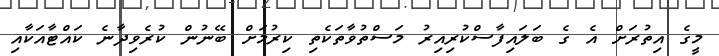
މީގެ އިތުރަށް އެ ގެ ބަލައިފާސްކުރިއިރު މަސްތުވާތަކެތި ކިރުމަށް ބޭނުން ކުރެވިދާނެ ކައްޓާއަކާއި